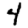
Digit: 4